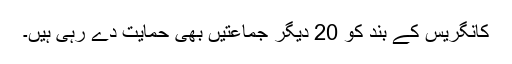
کانگریس کے بند کو 20 دیگر جماعتیں بھی حمایت دے رہی ہیں۔